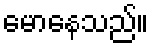
မောနေသည်။